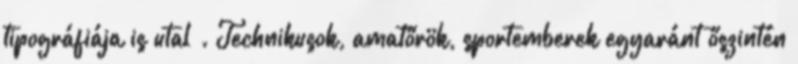
tipográfiája is utal . Technikusok, amatőrök, sportemberek egyaránt őszintén